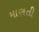
માણતી